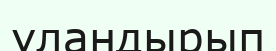
уландырып